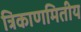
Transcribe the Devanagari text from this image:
त्रिकाणमितीय